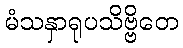
မံသနှာရုပသိဗ္ဗိတေ